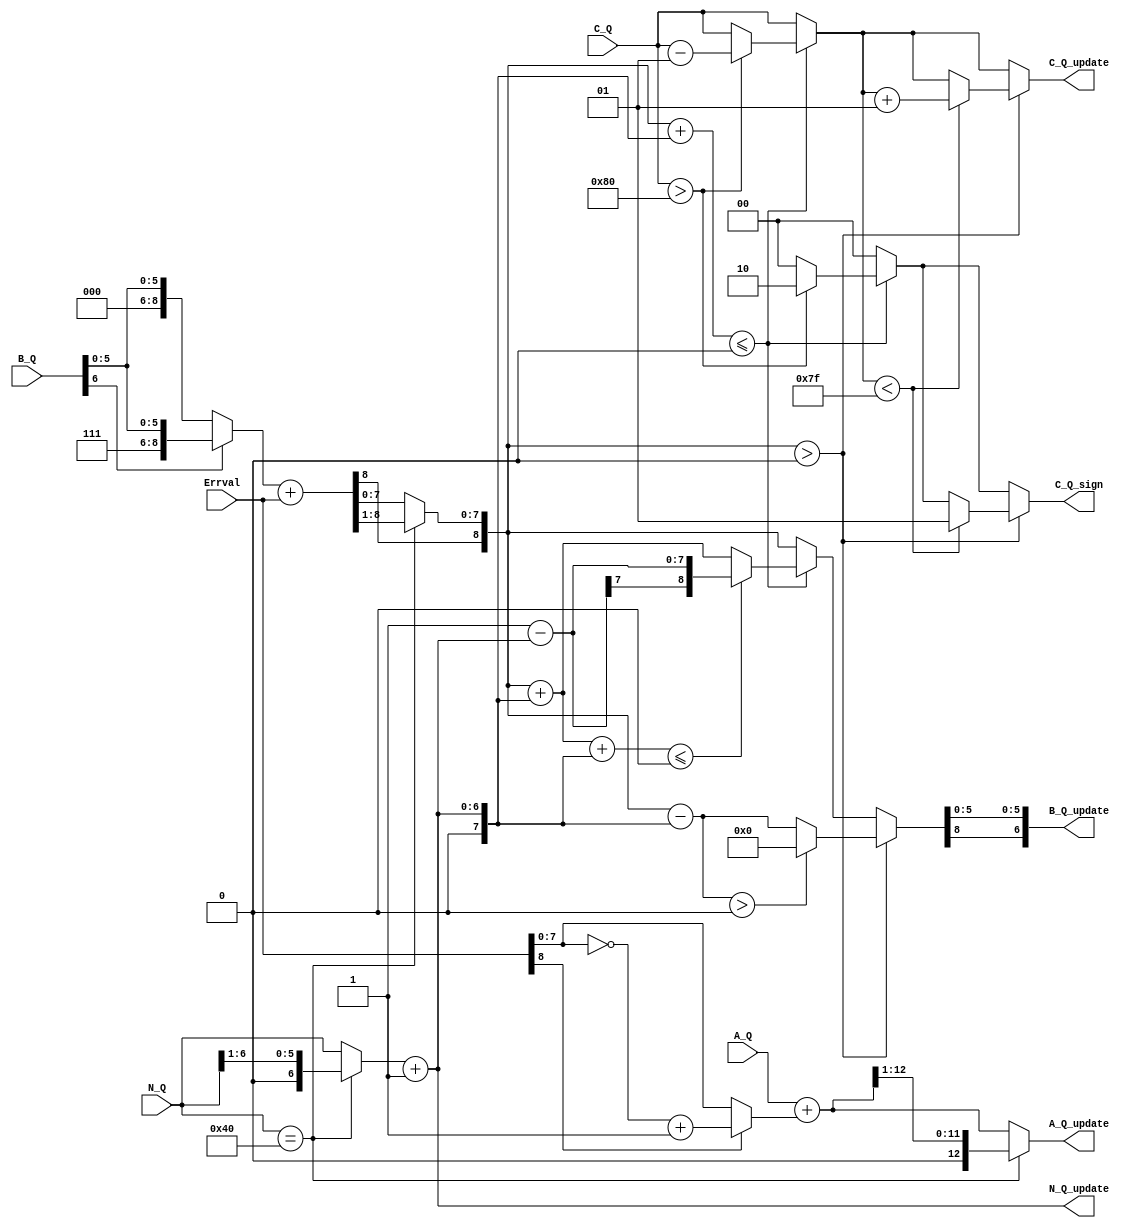
`timescale 1ns / 1ps
//////////////////////////////////////////////////////////////////////////////////
// Company: 
// Engineer: 
// 
// Design Name: 
// Module Name:    context_update 
// Project Name: 
// Target Devices: 
// Tool versions: 
// Description: 
//
// Dependencies: 
//
// Revision: 
// Revision 0.01 - File Created
// Additional Comments: 
//
//////////////////////////////////////////////////////////////////////////////////
module context_update(  Errval,A_Q, B_Q, C_Q, N_Q, 
                      A_Q_update, B_Q_update, C_Q_update, 
							 N_Q_update,C_Q_sign );
     
	 input signed [8:0] Errval;
    input [12:0] A_Q;
    input signed [6:0] B_Q;
    input signed[7:0] C_Q;
    input [6:0] N_Q;
    output [12:0] A_Q_update;
    output signed [6:0] B_Q_update;
    output [7:0] C_Q_update;
    output signed [6:0] N_Q_update;
	 output [1:0] C_Q_sign;
	 
	  
	 
	 
	 wire [12:0] abs_Errval;
	 
	 wire [12:0] A_Q1,A_Q2;
    wire signed [8:0] B_Q1,B_Q2,B_Q3,B_Q4,B_Q5,B_Q6;
    wire signed[7:0] C_Q1,C_Q2;
    wire [6:0] N_Q1,N_Q2;
	 
	 wire signed [8:0] N_temp;
	 wire [1:0] C_Q_sign1,C_Q_sign2;  //C11
	                                  //0
												 //11
												 //21
	 wire signed[8:0]  B_Q_temp;
	 
	 assign #1 B_Q_temp=(B_Q[6]==1'b0)?{B_Q[6],2'b00,B_Q[5:0]}:{B_Q[6],2'b11,B_Q[5:0]};
	 
	 assign #1 abs_Errval=(Errval[8]==0)?({4'b0000,Errval[8:0]}):({5'b00000,(~Errval[7:0]+8'b0000_0001)});
	 // A 6.1 update
	 assign #1 A_Q1=A_Q+abs_Errval;
	 assign #1 A_Q2=(N_Q==64)?(A_Q1>>1):A_Q1;
	 
	 assign #1 B_Q1=B_Q_temp+Errval;
	 assign #1 B_Q2=(N_Q==64)?(B_Q1>>>1):B_Q1;
	 
	 assign #1 N_Q1=(N_Q==64)?(N_Q>>1):N_Q;
	 assign #1 N_Q2=N_Q1+1;
	 
	 assign #1 N_temp={2'b00,N_Q2};
	 //A 6.2 Bias computation

    assign #1 B_Q3=B_Q2+N_temp;
	 assign #1 B_Q5=B_Q2-N_temp;
	 
	 assign #1 B_Q4=((B_Q2+ N_temp)<=0)?(((B_Q3+ N_temp)<=0)?(9'b0000_0000_1- N_temp):B_Q3):B_Q2;
	 assign #1 B_Q6=(B_Q2>0)?((B_Q5>0)?0:B_Q5):B_Q4;
 
    assign #1 C_Q1=((B_Q2+ N_temp)<=0)?((C_Q>-128)?C_Q-1:C_Q):C_Q;
	 assign #1 C_Q2=(B_Q2>0)?((C_Q1<127)?(C_Q1+1):C_Q1):C_Q1;
	 
	 assign #1 C_Q_sign1=((B_Q2+ N_temp)<=0)?((C_Q>-128)?2:0):0;
	 assign #1 C_Q_sign2=(B_Q2>0)?((C_Q1<127)?1:C_Q_sign1):C_Q_sign1;


     assign  #1 A_Q_update=A_Q2;
	  assign  #1 B_Q_update={B_Q6[8],B_Q6[5:0]};
	  assign  #1 C_Q_update=C_Q2;
	  assign  #1 N_Q_update=N_Q2;
	  assign  #1 C_Q_sign=C_Q_sign2;
   
	
endmodule